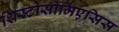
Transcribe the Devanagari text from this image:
शिस्टोसोमिएसिस